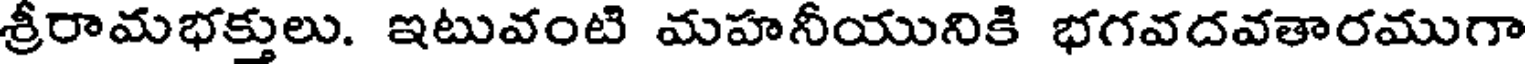
శ్రీరామభక్తులు. ఇటువంటి మహనీయునికి భగవదవతారముగా